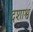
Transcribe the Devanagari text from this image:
दशाश्व